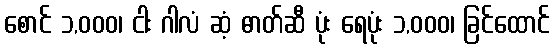
စောင် ၁,၀၀၀၊ ငါး ဂါလံ ဆံ့ ဓာတ်ဆီ ပုံး ရေပုံး ၁,၀၀၀၊ ခြင်ထောင်